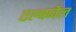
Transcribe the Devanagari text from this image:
एल्बनेल